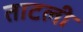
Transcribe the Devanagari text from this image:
ताटली